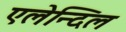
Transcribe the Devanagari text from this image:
एलेन्दिल